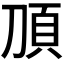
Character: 𬰿